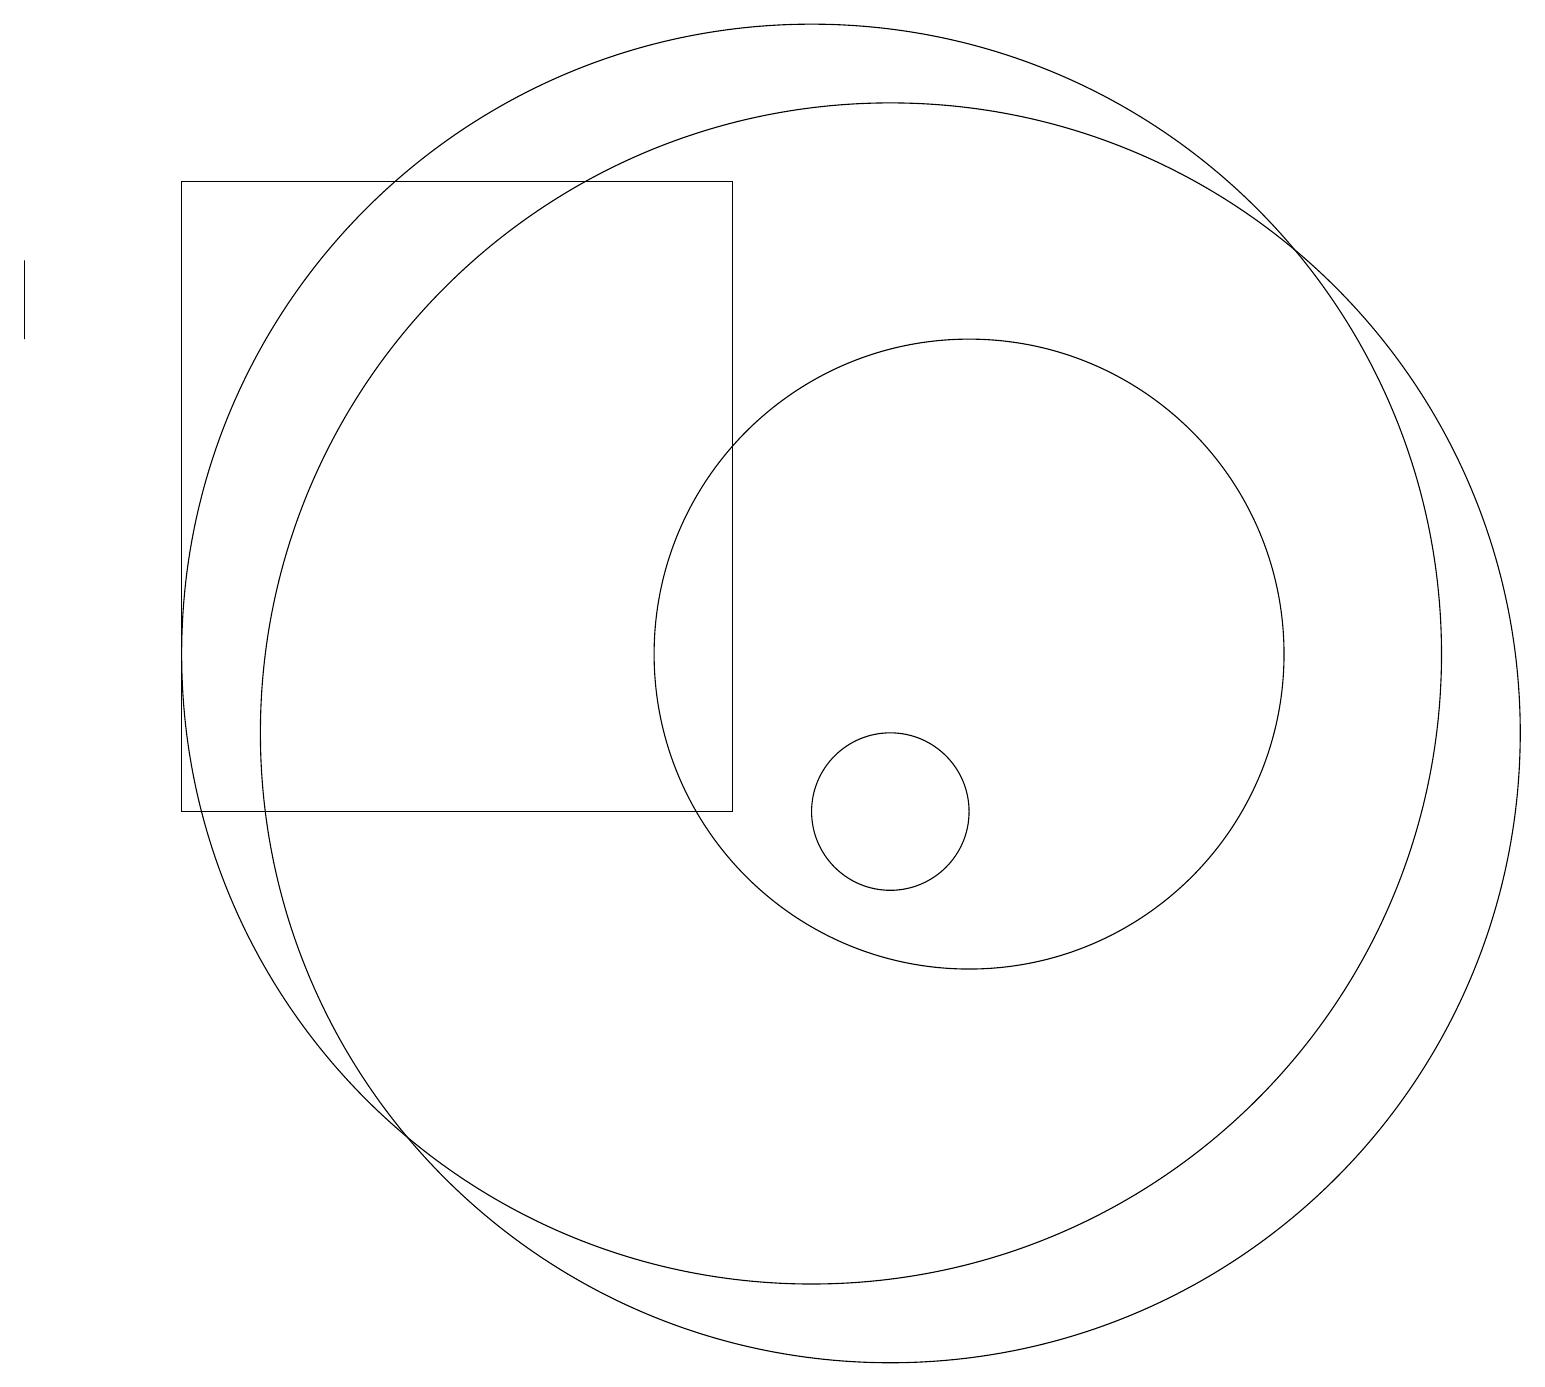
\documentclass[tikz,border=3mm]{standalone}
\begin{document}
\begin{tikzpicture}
\draw (10,12) circle (8);
\draw (0,16) rectangle (0,17);
\draw (11,11) circle (8);
\draw (11,10) circle (1);
\draw (12,12) circle (4);
\draw (2,18) rectangle (9,10);
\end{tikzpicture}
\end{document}